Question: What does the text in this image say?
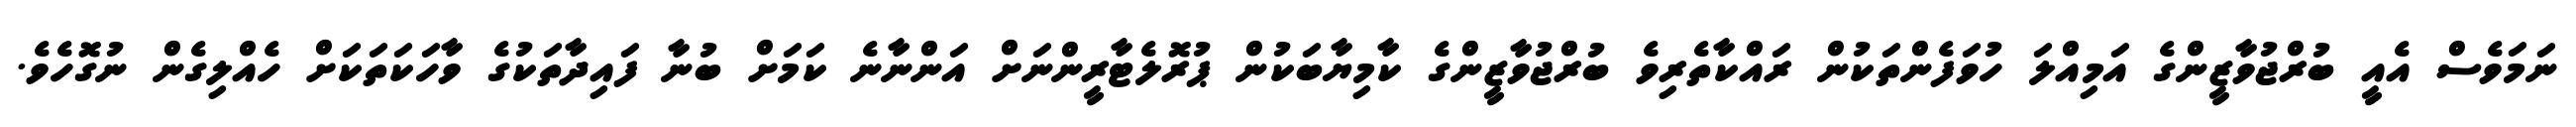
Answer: ނަމަވެސް އެއީ ބުރްޖުވާޒީންގެ އަމިއްލަ ހުވަފެންތަކުން ރައްކާތެރިވެ ބުރްޖުވާޒީންގެ ކާމިޔާބަކުން ޕުރޮލެޓާރީންނަށް އަންނާނެ ކަމަށް ބުނާ ފައިދާތަކުގެ ވާހަކަތަކަށް ހެއްލިގެން ނުގޮހެވެ.